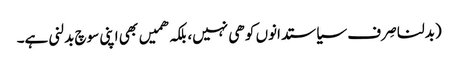
(بدلنا صِرف سیاستدانوں کو ھی نہیں، بلکہ ھمیں بھی اپنی سوچ بدلنی ہے۔